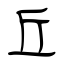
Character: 丘